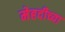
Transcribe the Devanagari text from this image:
मेहदीच्या